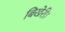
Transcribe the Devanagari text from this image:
बिखेरी।